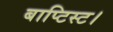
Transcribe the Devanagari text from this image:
बाप्टिस्ट।